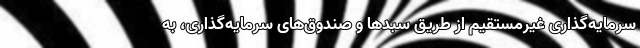
سرمایه‌گذاری غیرمستقیم از طریق سبدها و صندوق‌های سرمایه‌گذاری، به